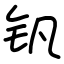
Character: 钒